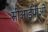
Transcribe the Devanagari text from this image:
सीआईपीओ